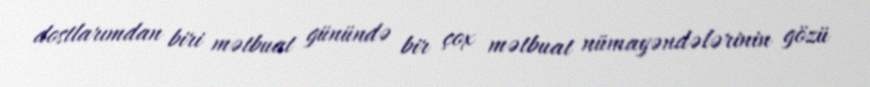
dostlarımdan biri mətbuat günündə bir çox mətbuat nümayəndələrinin gözü